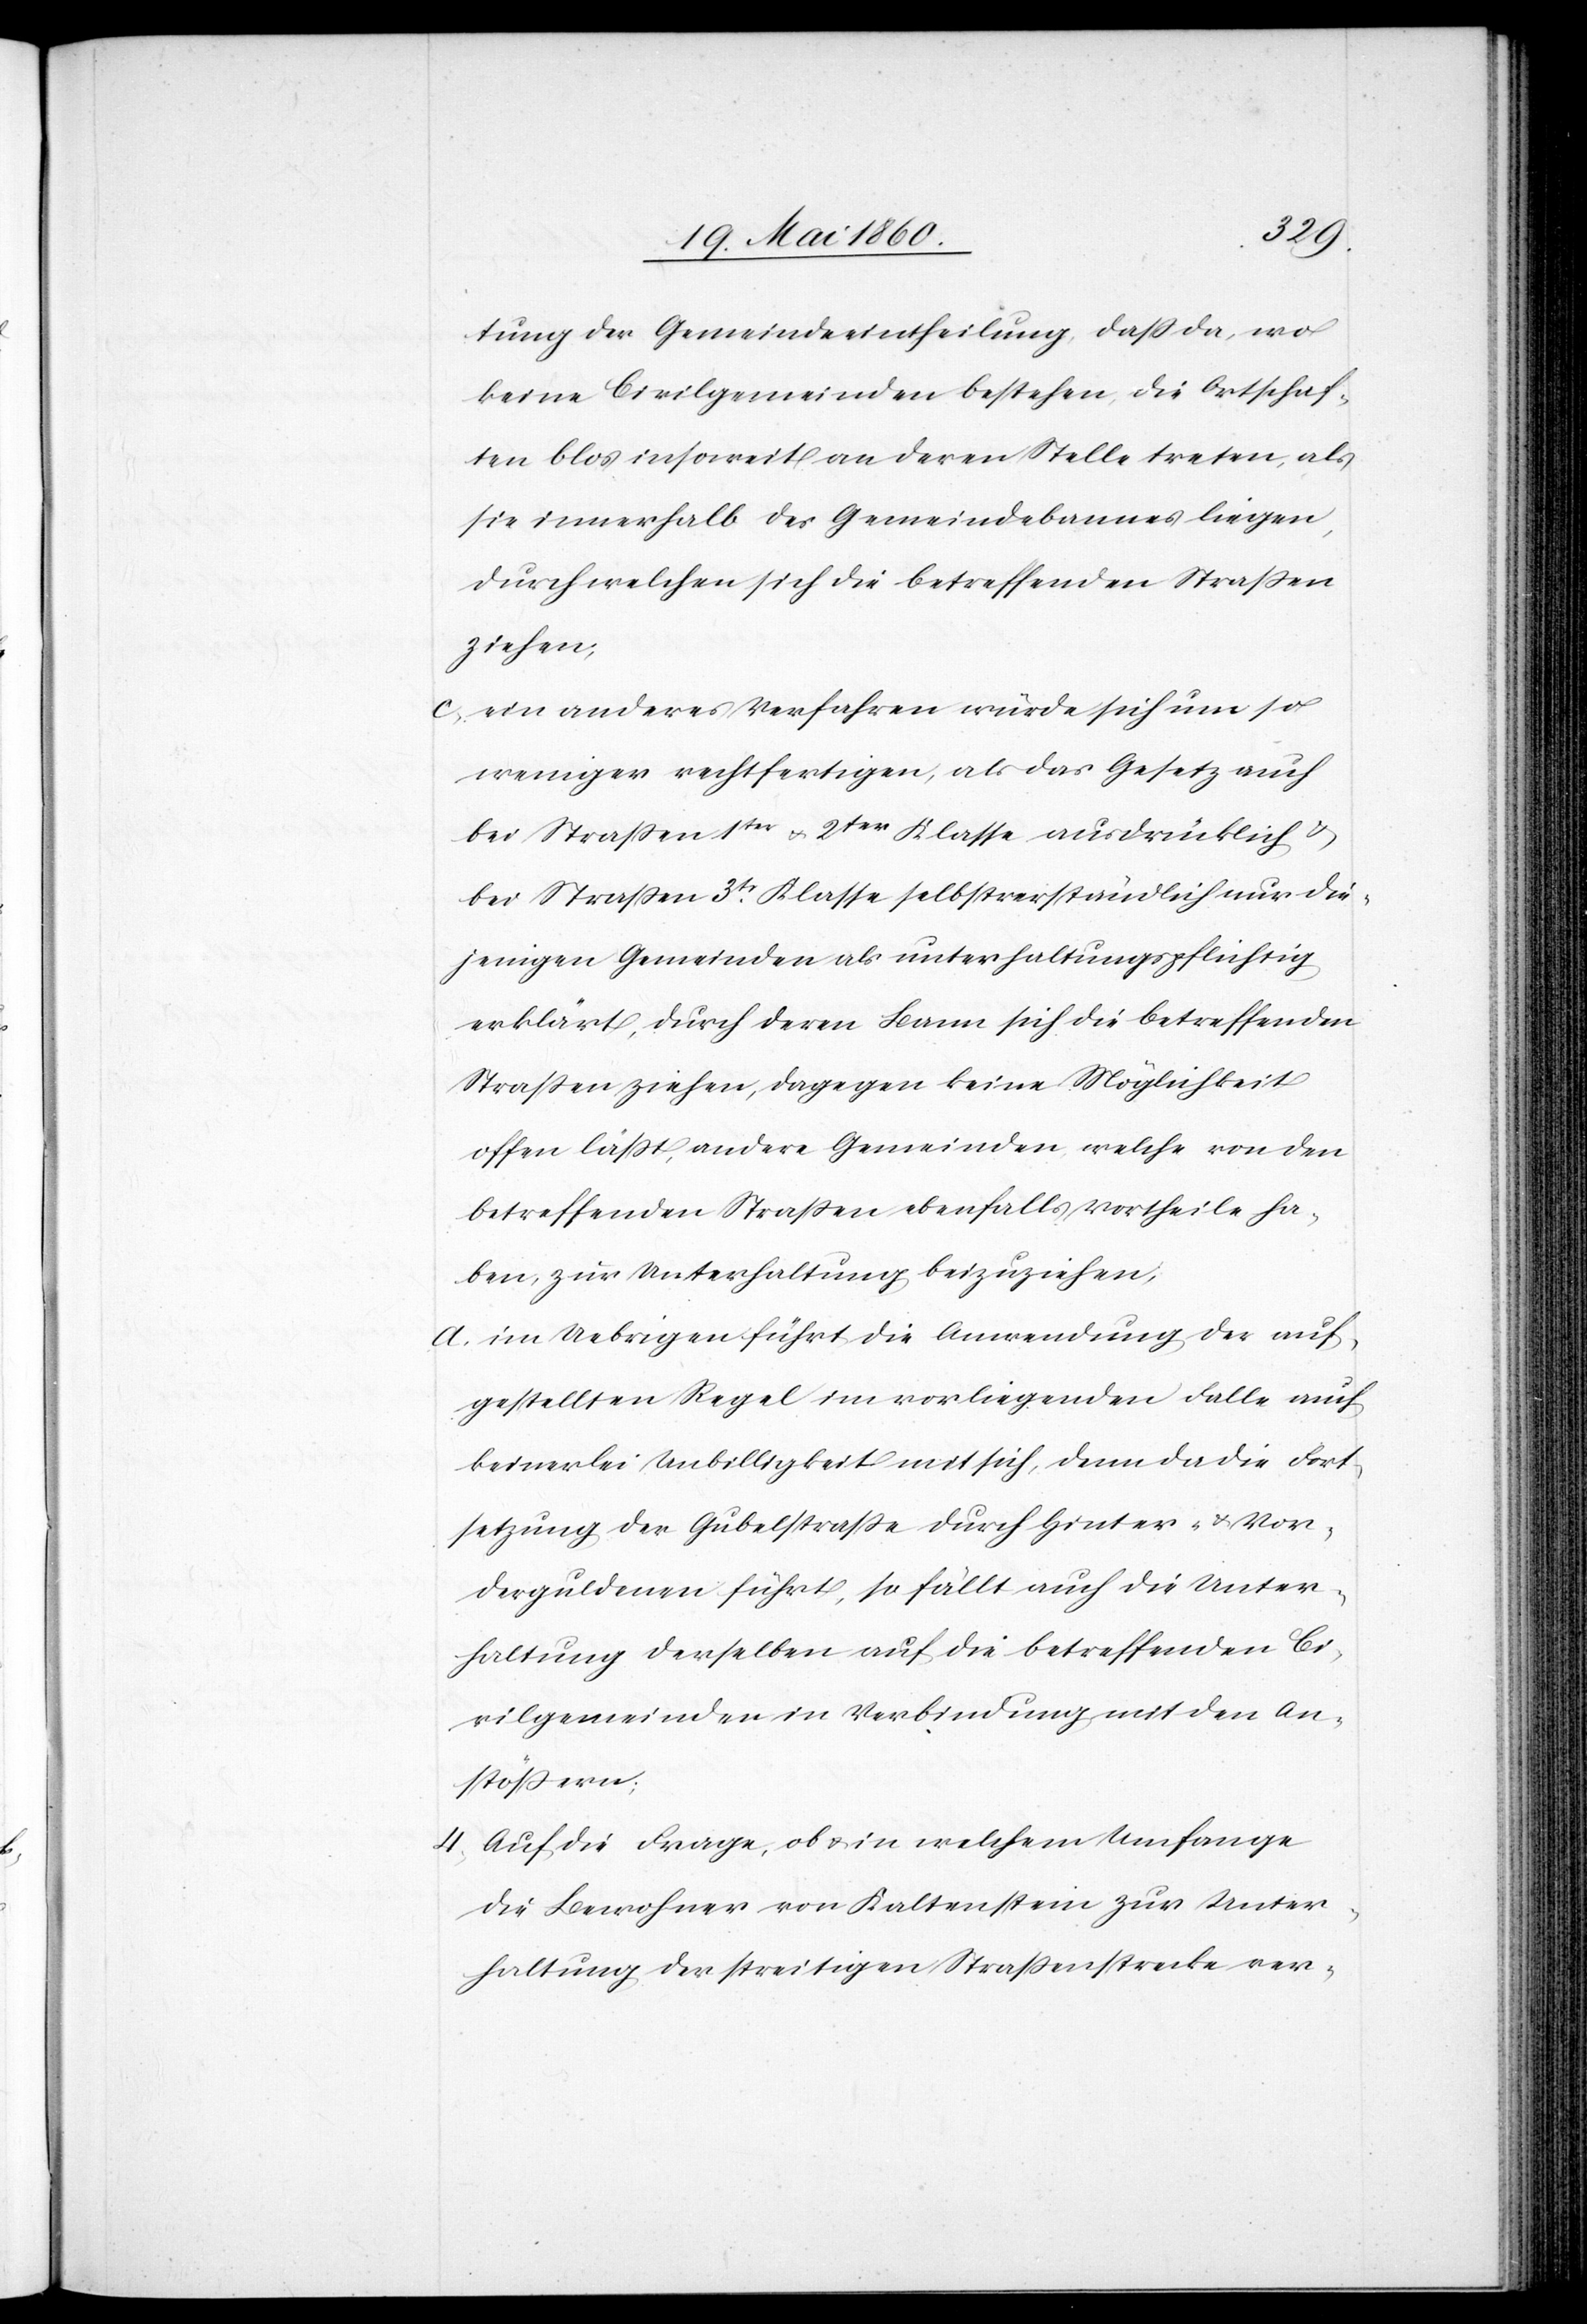
tung der Gemeindeeintheilung, dass da, wo
keine Civilgemeinden bestehen, die Ortschaf¬
ten blos insoweit an deren Stelle treten, als
sie innerhalb des Gemeindebannes liegen,
durch welchen sich die betreffenden Strassen
ziehen;
c. ein anderes Verfahren würde sich um so
weniger rechtfertigen, als das Gesetz auch
bei Strassen 1ter u. 2ter Klasse ausdrücklich u.
bei Strassen 3tr Klasse selbstverständlich nur die¬
jenige Gemeinden als unterhaltungspflichtig
erklärt, durch deren Bann sich die betreffenden
Strassen ziehen, dagegen keine Möglichkeit
offen lässt, andere Gemeinden, welche von den
betreffenden Strassen ebenfalls Vortheil ha¬
ben, zur Unterhaltung beizuziehen;
d. im Uebrigen führt die Anwendung der auf¬
gestellten Regel im vorliegenden Falle auch
keinerlei Unbilligkeit mit sich, denn da die Fort¬
setzung der Gubelstrasse durch Hinter- u. Vor¬
derguldenen führt, so fällt auch die Unter¬
haltung derselben auf die betreffenden Ci¬
vilgemeinden in Verbindung mit den An¬
stössern;
4. auf die Frage, ob u. in welchem Umfange
die Bewohner von Kaltenstein zur Unter¬
haltung der streitigen Strassenstrecke ver-